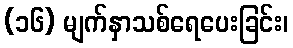
(၁၆) မျက်နှာသစ်ရေပေးခြင်း၊